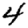
Digit: 4